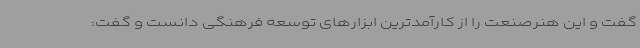
گفت و این هنرصنعت را از کارآمدترین ابزارهای توسعه فرهنگی دانست و گفت: